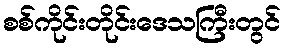
စစ်ကိုင်းတိုင်းဒေသကြီးတွင်